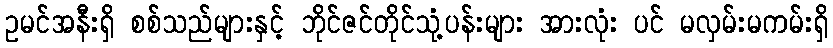
ဥမင်အနီးရှိ စစ်သည်များနှင့် ဘိုင်ဇင်တိုင်သုံ့ပန်းများ အားလုံး ပင် မလှမ်းမကမ်းရှိ